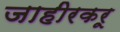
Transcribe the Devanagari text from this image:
जाहीरकरू